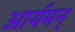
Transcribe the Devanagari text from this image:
आर्यमन्